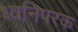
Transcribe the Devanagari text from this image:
ध्वनिपरक